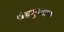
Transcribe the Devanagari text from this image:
चंद्रगुप्तास